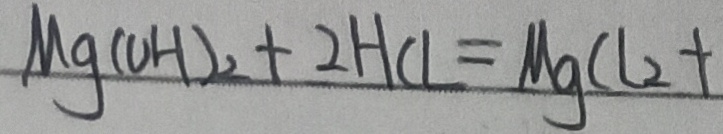
M g ( O H ) _ { 2 } + 2 H C l = M g C l _ { 2 } +